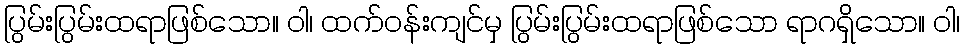
ပြွမ်းပြွမ်းထရာဖြစ်သော။ ဝါ၊ ထက်ဝန်းကျင်မှ ပြွမ်းပြွမ်းထရာဖြစ်သော ရာဂရှိသော။ ဝါ၊